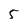
Character: 5